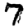
Digit: 7